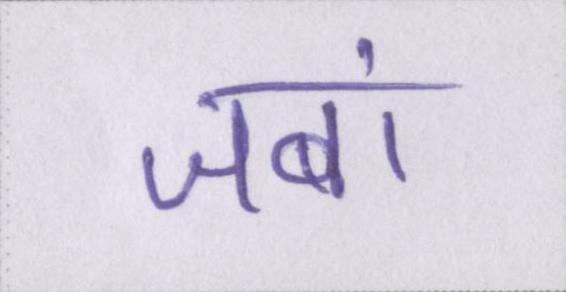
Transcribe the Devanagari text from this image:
जबां